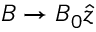
\boldsymbol { B } \to B _ { 0 } \boldsymbol { \hat { z } }